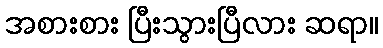
အစားစား ပြီးသွားပြီလား ဆရာ။